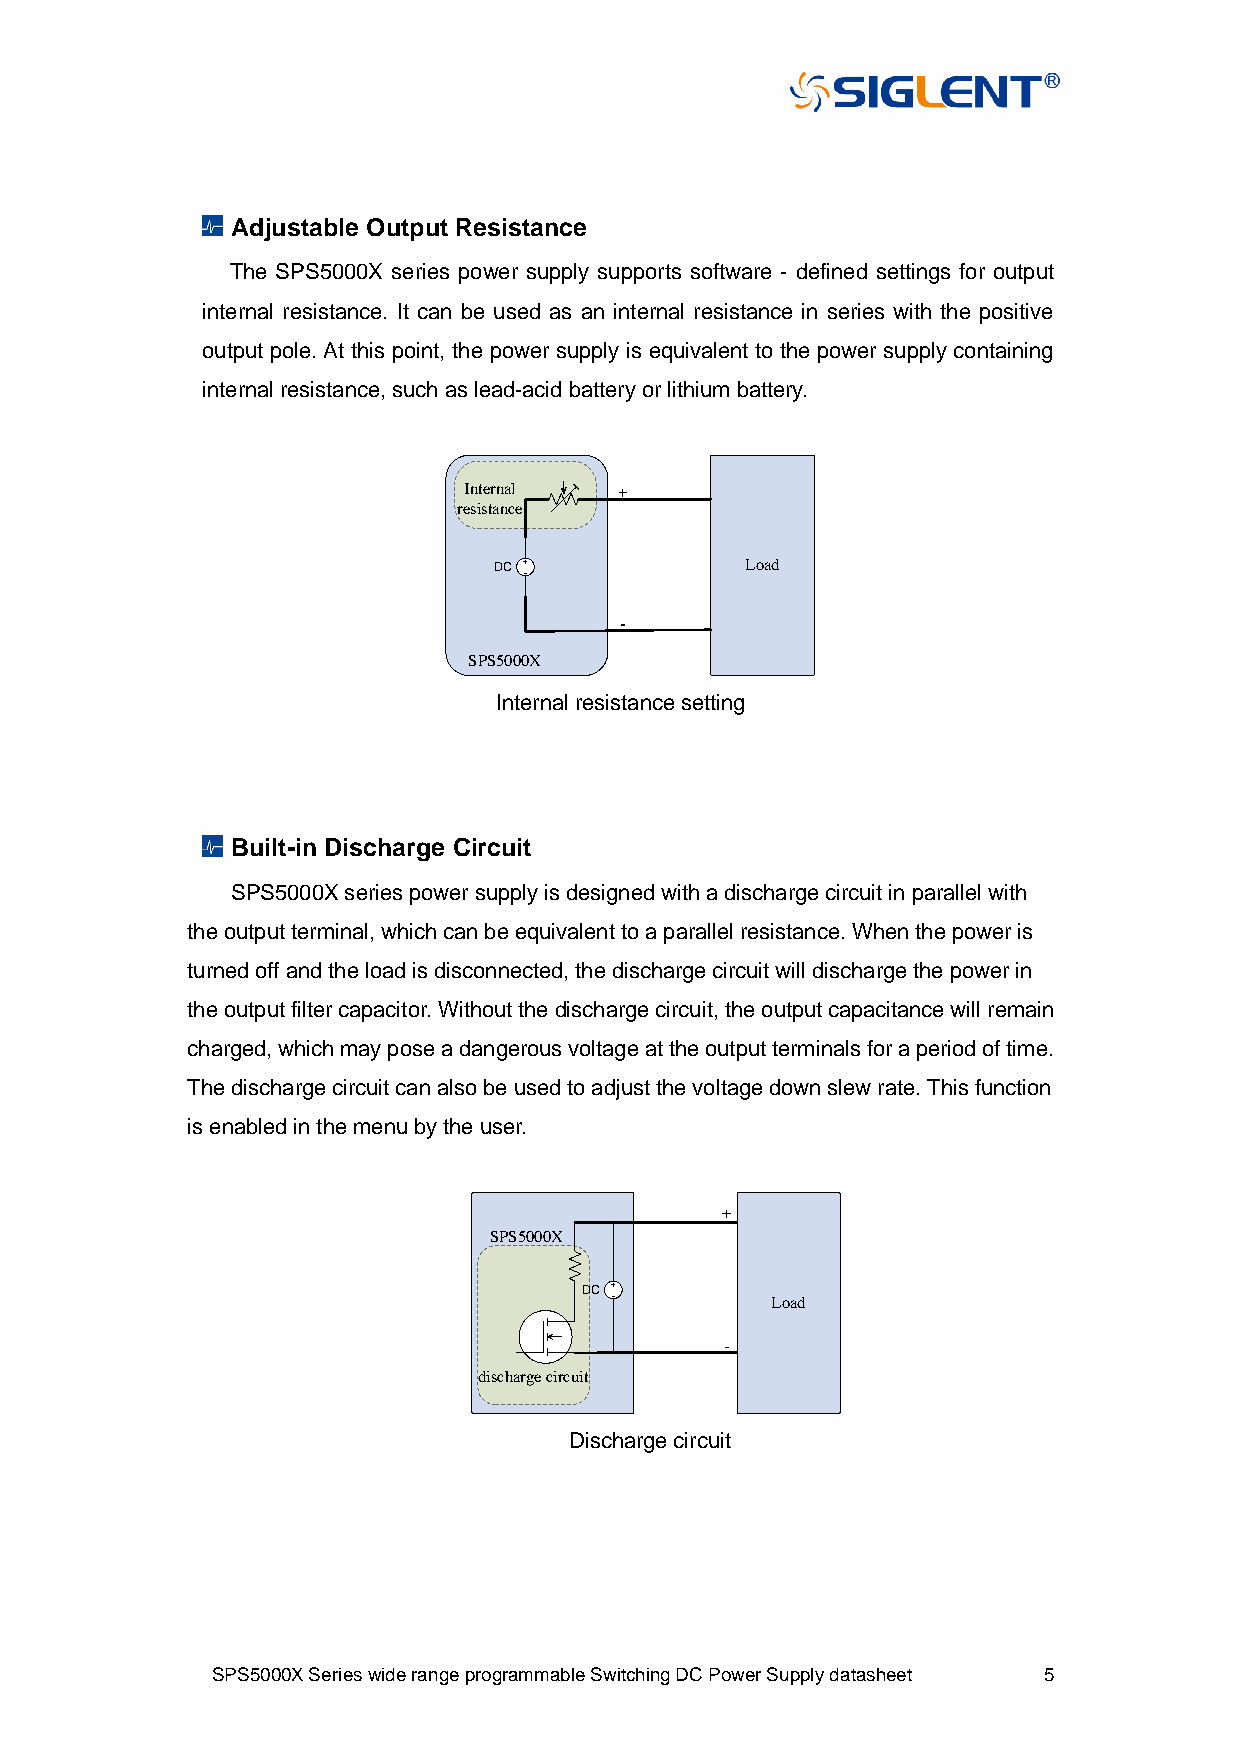
Adjustable Output Resistance
 The SPS5000X series power supply supports software - defined settings for output
 internal resistance. It can be used as an internal resistance in series with the positive
 output pole. At this point, the power supply is equivalent to the power supply containing
 internal resistance, such as lead-acid battery or lithium battery.
 Internal resistance setting
 Built-in Discharge Circuit
 SPS5000X series power supply is designed with a discharge circuit in parallel with
 the output terminal, which can be equivalent to a parallel resistance. When the power is
 turned off and the load is disconnected, the discharge circuit will discharge the power in
 the output filter capacitor. Without the discharge circuit, the output capacitance will remain
 charged, which may pose a dangerous voltage at the output terminals for a period of time.
 The discharge circuit can also be used to adjust the voltage down slew rate. This function
 is enabled in the menu by the user.
 +
 SPS5000X
 DC
 Load
 -
 discharge circuit
 Discharge circuit
 SPS5000X Series wide range programmable Switching DC Power Supply datasheet 5
 Inre
 s
 S
 te rn a l
 is ta n c e
 D C
 P S 5 0 0 0 X
 +
 -
 L o a d